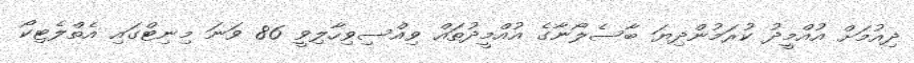
ދިއުމަށް އުއްމީދު ކުރަމުންދިޔަ ބާސެލޯނާގެ އުއްމީދުތައް ވިއްސިވިހާލިވީ 86 ވަނަ މިނިޓްގައި އެތްލެޓިކޯ